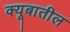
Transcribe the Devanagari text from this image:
क्यूबातील